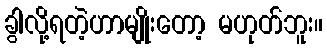
ခွါလို့ရတဲ့ဟာမျိုးတော့ မဟုတ်ဘူး။